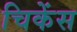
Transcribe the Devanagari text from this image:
चिकेंस